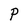
Character: P